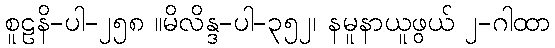
စူဠနိ-ပါ-၂၅၈ ။မိလိန္ဒ-ပါ-၃၅၂၊ နမူနာယူဖွယ် ၂-ဂါထာ